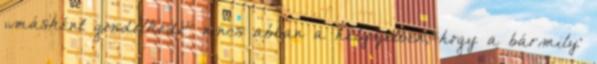
„másként gondol­ko­­dó” nincs abban a helyzetben, hogy a bármily’